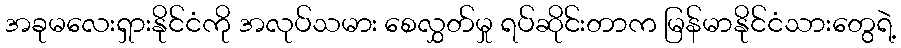
အခုမလေးရှားနိုင်ငံကို အလုပ်သမား စေလွှတ်မှု ရပ်ဆိုင်းတာက မြန်မာနိုင်ငံသားတွေရဲ့